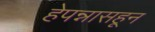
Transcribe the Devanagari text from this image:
हेपन्नासहून